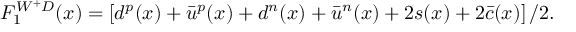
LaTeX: F _ { 1 } ^ { W ^ { + } D } ( x ) = \left[ d ^ { p } ( x ) + \bar { u } ^ { p } ( x ) + d ^ { n } ( x ) + \bar { u } ^ { n } ( x ) + 2 s ( x ) + 2 \bar { c } ( x ) \right] / 2 .